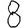
Digit: 8